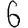
Digit: 6